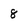
Character: 8